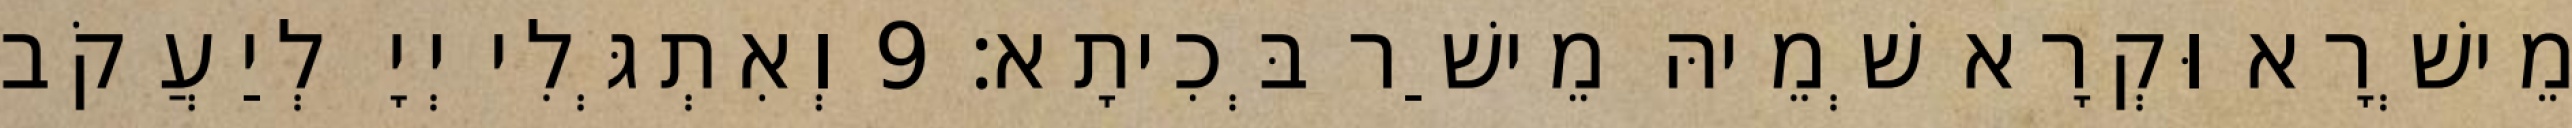
מֵישְׁרָא וּקְרָא שְׁמֵיהּ מֵישַׁר בְּכִיתָא׃ 9 וְאִתְגְּלִי יְיָ לְיַעֲקֹב